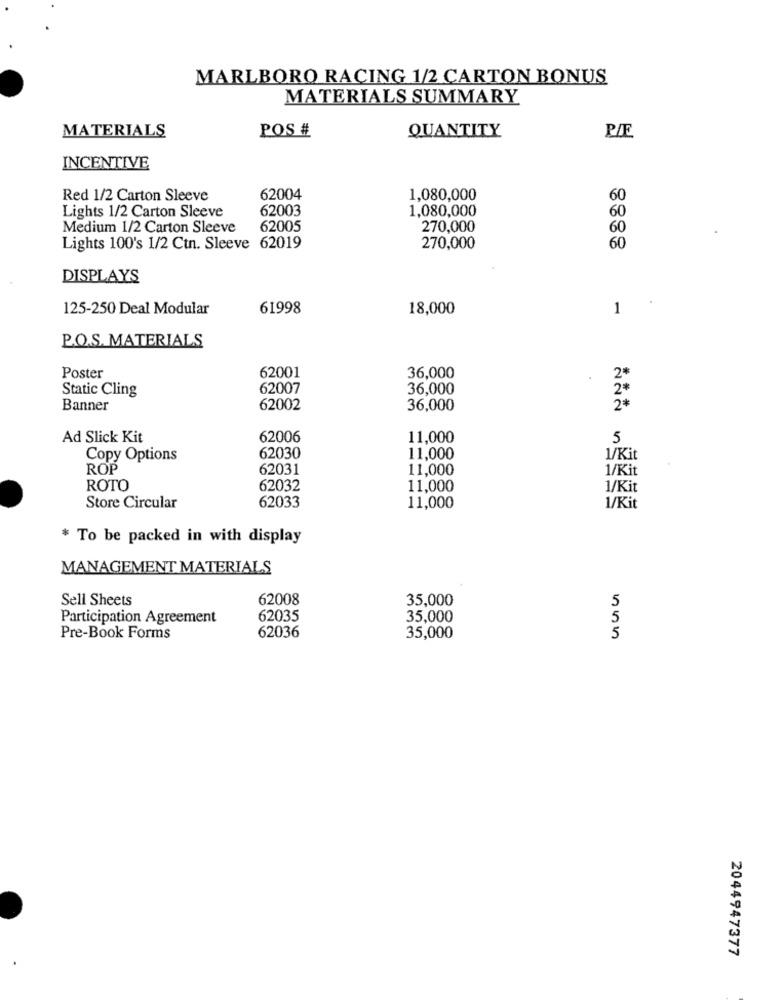
MARLBORO RACING 1/2 CARTON BONUS
MATERIALS SUMMARY
POS #
QUANTITY
P/F
MATERIALS
INCENTIVE
Red 1/2 Carton Sleeve
62004
1,080,000
60
Lights 1/2 Carton Sleeve
62003
1.080,000
60
Medium 1/2 Carton Sleeve
62005
270,000
60
Lights 100's 1/2 Ctn. Sleeve 62019
270,000
60
DISPLAYS
125-250 Deal Modular
61998
18,000
1
P.O.S. MATERIALS
62001
Poster
36,000
2
Static Cling
62007
36,000
2*
Banner
62002
36,000
2*
Ad Slick Kit
62006
11,000
5
Copy Options
62030
11,000
1/Kit
ROP
62031
11,000
1/Kit
ROTO
62032
11,000
1/Kit
62033
Store Circular
11,000
1/Kit
* To be packed in with display
MANAGEMENT MATERIALS
Sell Sheets
62008
35,000
5
Participation Agreement
62035
35,000
5
Pre-Book Forms
62036
35,000
2044947377